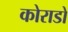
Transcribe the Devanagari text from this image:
कोराडो